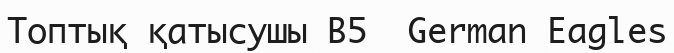
Топтық қатысушы B5  German Eagles